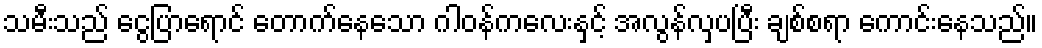
သမီးသည် ငွေပြာရောင် တောက်နေသော ဂါဝန်ကလေးနှင့် အလွန်လှပပြီး ချစ်စရာ ကောင်းနေသည်။